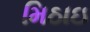
મિઠાઇ